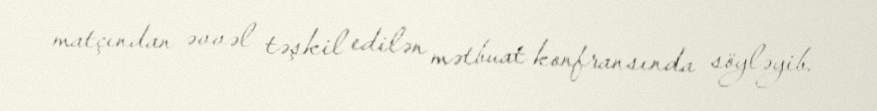
matçından əvvəl təşkil edilən mətbuat konfransında söyləyib.